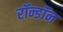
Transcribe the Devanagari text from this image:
रॉन्डॉन